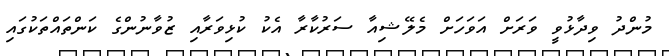
މުންދު ވިދާޅުވީ ވަރަށް އަވަހަށް މެލޭޝިއާ ސަރުކާރާ އެކު ކުޅިވަރާއި ޒުވާނުންގެ ކަންތައްތަކުގައި